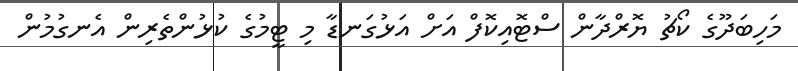
މަހިބަދޫގެ ކޯޗު ޔޮރްދާން ސްޓޮއިކޮފް އަށް އަޅުގަނޑާ މި ޓީމުގެ ކުޅުންތެރިން އެނގުމުން